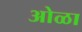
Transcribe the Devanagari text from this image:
ओळा